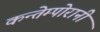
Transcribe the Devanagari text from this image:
कन्तेम्पोरानी